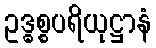
ဥဒ္ဓစ္စပရိယုဋ္ဌာနံ